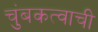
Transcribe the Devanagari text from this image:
चुंबकत्वाची